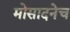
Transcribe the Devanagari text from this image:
मोसादनेच